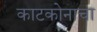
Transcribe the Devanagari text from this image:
काटकोनाचा